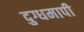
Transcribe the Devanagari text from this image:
दुग्धमापी